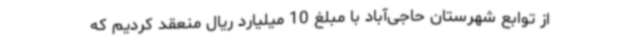
از توابع شهرستان حاجی‌آباد با مبلغ 10 میلیارد ریال منعقد کردیم که